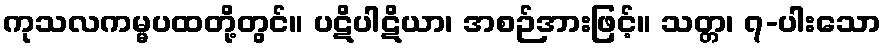
ကုသလကမ္မပထတို့တွင်။ ပဋိပါဋိယာ၊ အစဉ်အားဖြင့်။ သတ္တ၊ ၇-ပါးသော